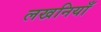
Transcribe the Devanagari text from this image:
लखनियाँ